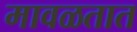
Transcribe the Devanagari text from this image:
मावळतात